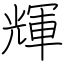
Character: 輝